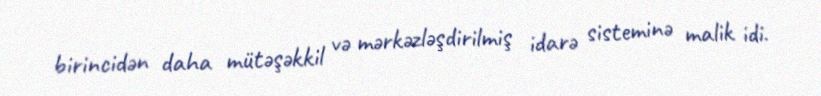
birincidən daha mütəşəkkil və mərkəzləşdirilmiş idarə sisteminə malik idi.